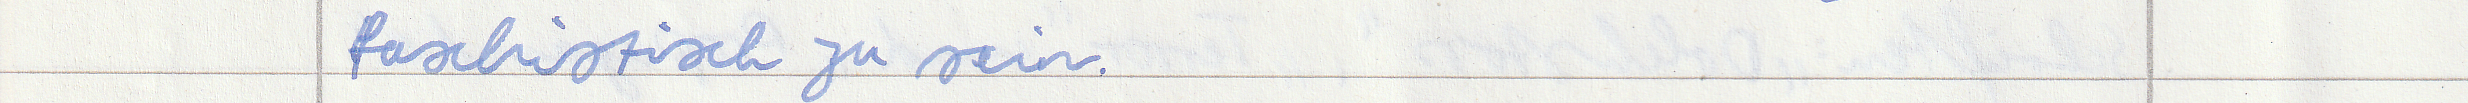
faschistisch zu sein.